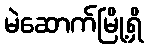
မဲဆောက်မြို့ရှိ